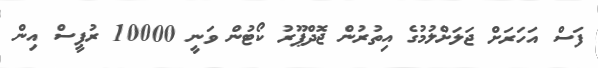
ފަސް އަހަރަށް ޖަލަށްލުމުގެ އިތުރުން ޖޮދްޕޫރު ކޯޓުން ވަނީ 10000 ރުޕީސް އިން